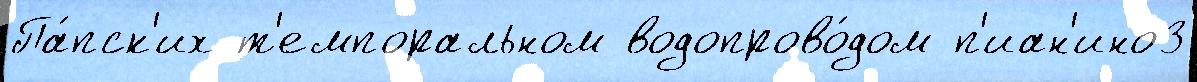
Па́пск'их т'емпоральном водопрово́дом п'иан'ино3